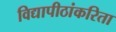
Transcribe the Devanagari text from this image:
विद्यापीठांकरिता